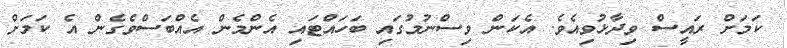
ކަމަށް ރައީސް ވިދާޅުވިއެވެ. އެކަން ވިސްނުމުގައި ބަހައްޓައި އެންމެން އެއްބަސްވެގެން އެ ކަމަށް